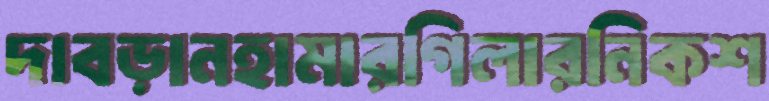
দাবড়ানহামারগিলারনিকশ